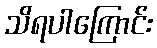
သိရပါကြောင်း